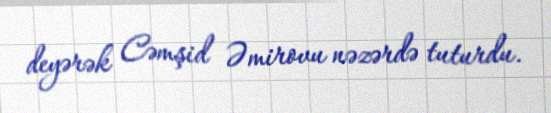
deyərək Cəmşid Əmirovu nəzərdə tuturdu.